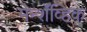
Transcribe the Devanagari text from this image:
मेन्शॅव्हिक